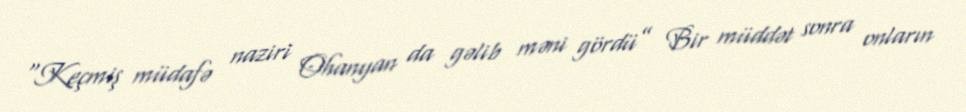
“Keçmiş müdafə naziri Ohanyan da gəlib məni gördü” Bir müddət sonra onların